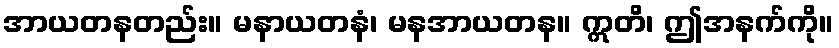
အာယတနတည်း။ မနာယတနံ၊ မနအာယတန။ ဣတိ၊ ဤအနက်ကို။